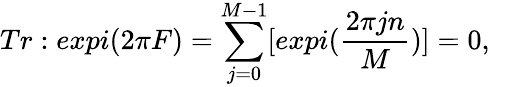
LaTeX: Tr:expi(2\pi F)=\sum_{j=0}^{M-1}[expi({\frac{2\pi jn}{{M}}})]=0,\quad